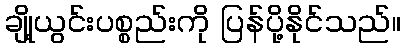
ချို့ယွင်းပစ္စည်းကို ပြန်ပို့နိုင်သည်။